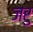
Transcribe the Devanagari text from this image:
जरु